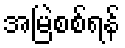
အမြဲစစ်ရန်